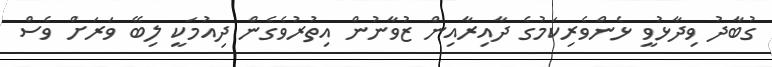
ގުބާދު ވިދާޅުވީ ޅެންވެރިކަމުގެ ދާއިރާއިން ޒުވާނުން އިތުރުވެގެން ދިއުމަކީ ލިބޭ ވަރަށް ވެސް